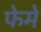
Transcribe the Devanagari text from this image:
फेमे